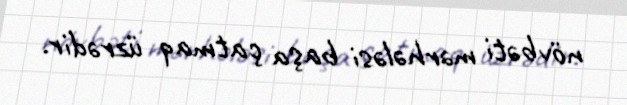
növbəti mərhələsi başa çatmaq üzrədir.